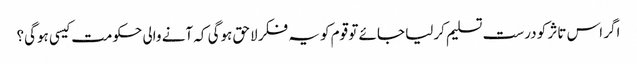
اگر اس تاثر کو درست تسلیم کرلیا جائے تو قوم کو یہ فکر لاحق ہوگی کہ آنے والی حکومت کیسی ہوگی؟